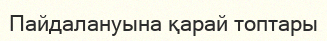
Пайдалануына қарай топтары